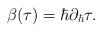
LaTeX: \begin{align*}\beta(\tau)=\hbar \partial_{\hbar}\tau.\end{align*}